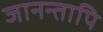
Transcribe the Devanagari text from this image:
जानन्तापि